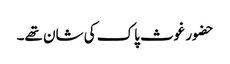
حضور غوث پاک کی شان تھے۔